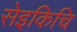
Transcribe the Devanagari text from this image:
सेइकिचि